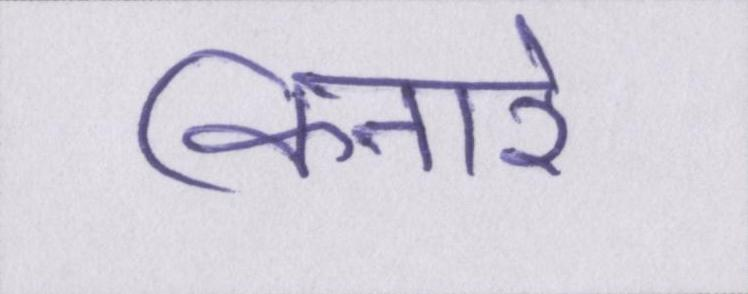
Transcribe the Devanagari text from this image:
किनारे